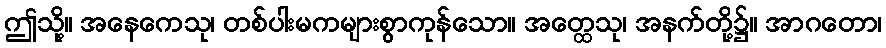
ဤသို့။ အနေကေသု၊ တစ်ပါးမကများစွာကုန်သော။ အတ္ထေသု၊ အနက်တို့၌။ အာဂတော၊